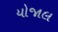
યોજાલ